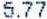
5.77